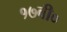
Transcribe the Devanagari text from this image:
१७वी०